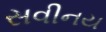
સવીનય